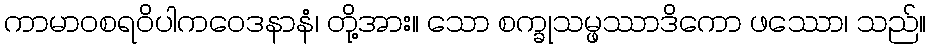
ကာမာဝစရဝိပါကဝေဒနာနံ၊ တို့အား။ သော စက္ခုသမ္ဖဿာဒိကော ဖဿော၊ သည်။